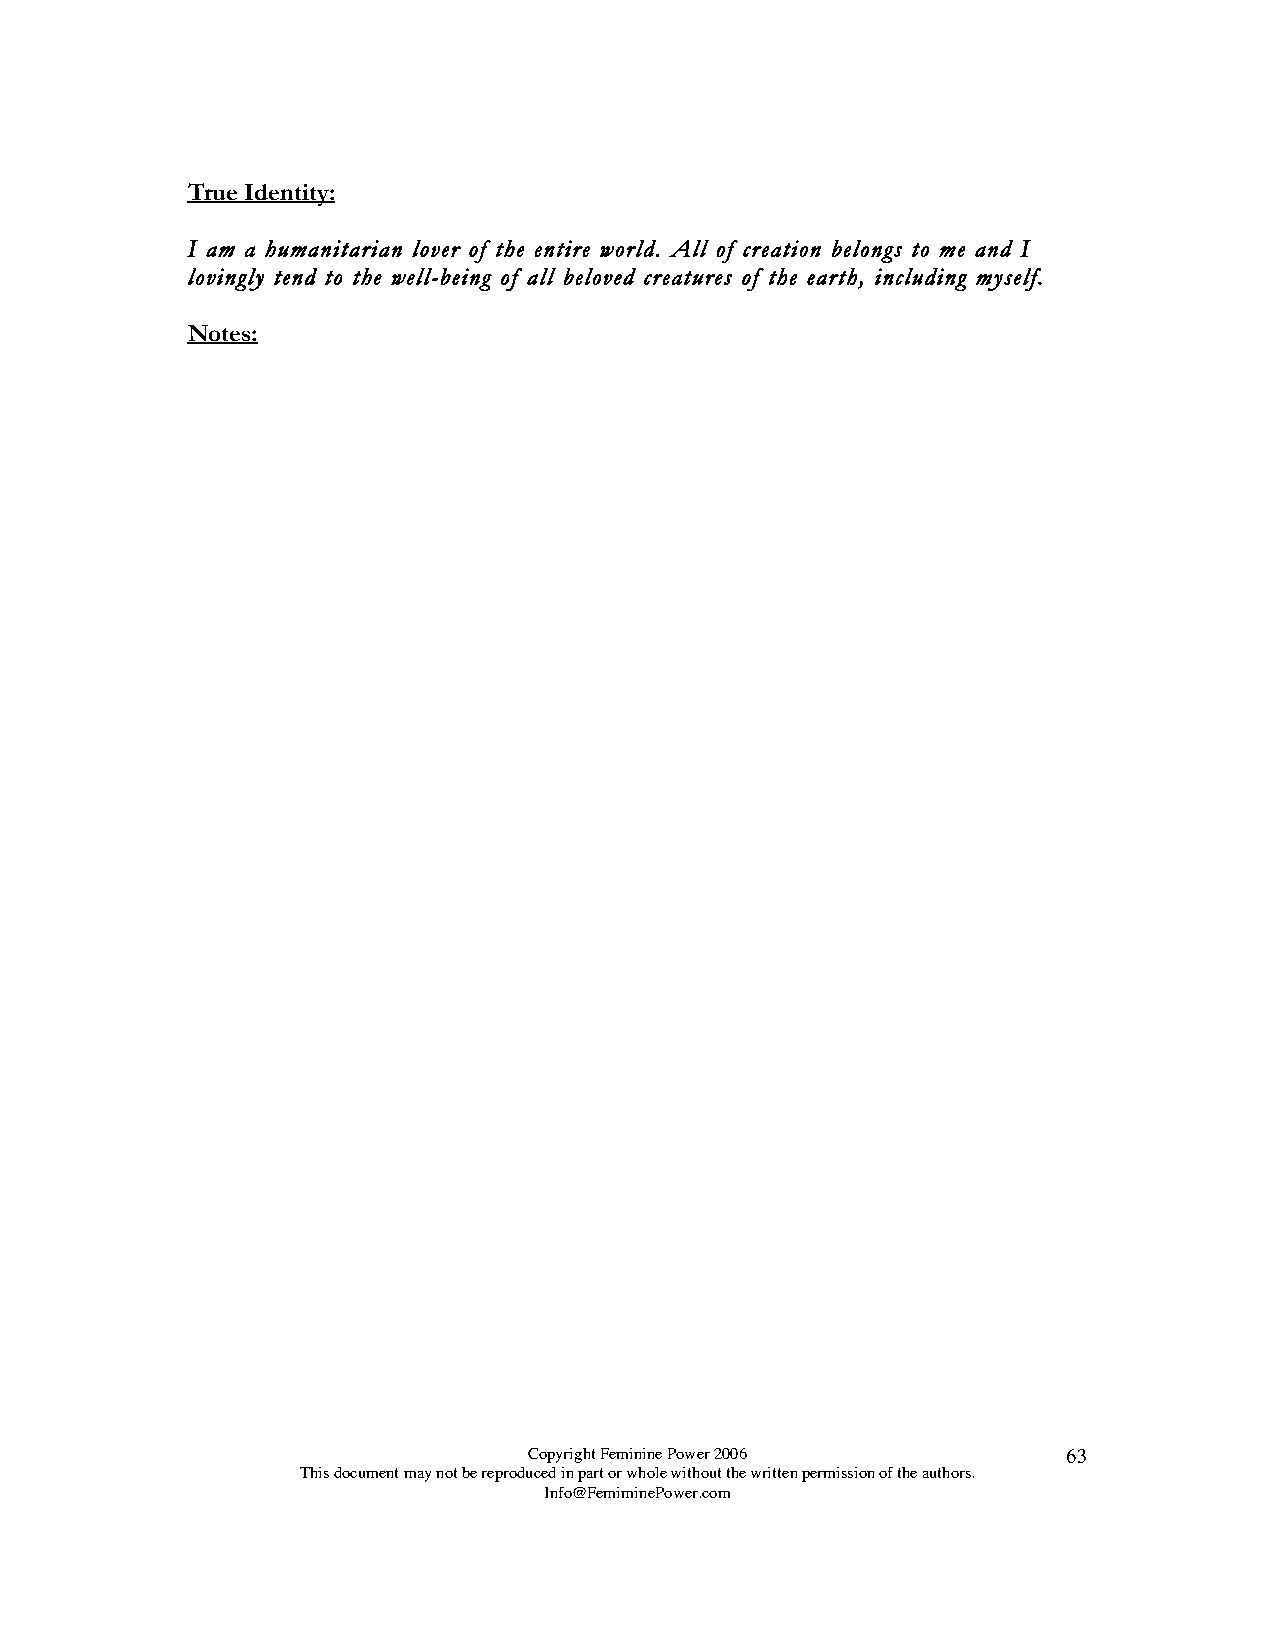
True Identity:
 I am a humanitarian lover of the entire world. All of creation belongs to me and I
 lovingly tend to the well-being of all beloved creatures of the earth, including myself.
 Notes:
 Copyright Feminine Power 2006       63
 This document may not be reproduced in part or whole without the written permission of the authors.
 Info@FemiminePower.com